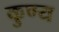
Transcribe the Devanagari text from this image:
कुण्य